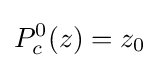
P_{c}^{0}(z)=z_{0}